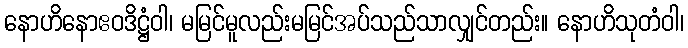
နောဟိနောဧဝဒိဋ္ဌံဝါ၊ မမြင်မူလည်းမမြင်အပ်သည်သာလျှင်တည်း။ နောဟိသုတံဝါ၊